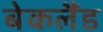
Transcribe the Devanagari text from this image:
बेकलैंड